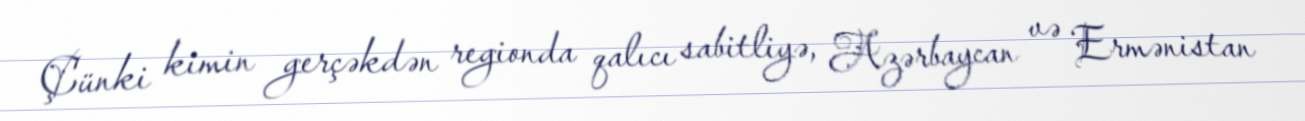
Çünki kimin gerçəkdən regionda qalıcı sabitliyə, Azərbaycan və Ermənistan